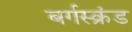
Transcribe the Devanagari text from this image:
बर्गस्क्रंड